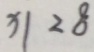
x \vert 2 8